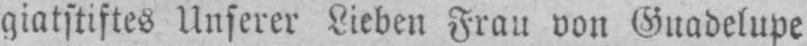
giatstiftes Unserer Lieben Frau von Guadelupe